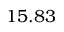
1 5 . 8 3 \